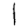
Digit: 1